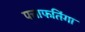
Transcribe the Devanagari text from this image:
पत्ताफतिंगा